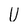
Character: U